Annual statistical returns and brief notes on vaccination in Bengal - 1909-1929
Year: 1909
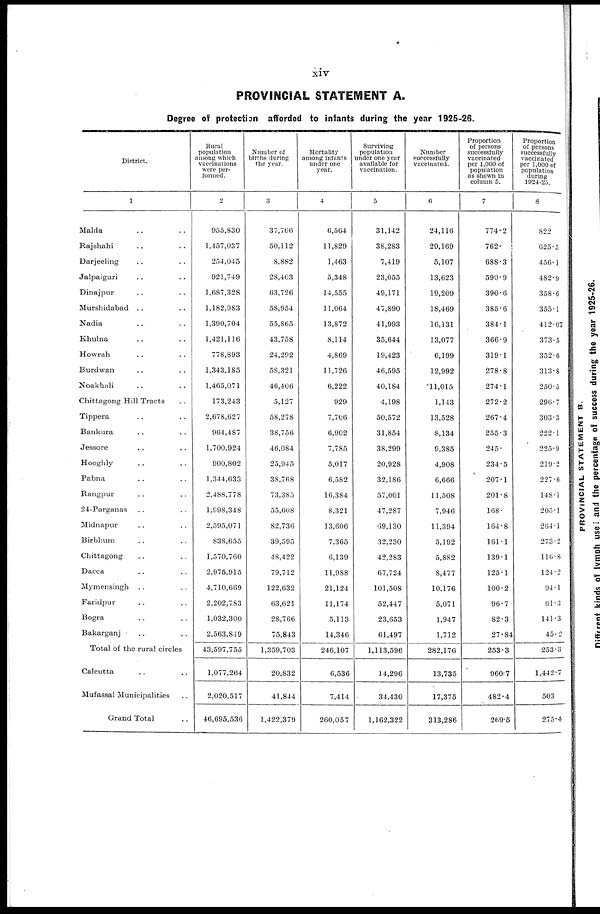
xiv
PROVINCIAL STATEMENT A.
Degree of protection afforded to infants during the year 1925-26.
District.
1
Malda .. ..
Rajshahi .. ..
Darjeeling .. ..
Jalpaiguri .. ..
Dinajpur .. ..
Murshidabad .. ..
Nadia .. ..
Khulna .. ..
Howrah .. ..
Burdwan .. ..
Noakhali .. ..
Chittagong Hill Tracts ..
Tippera .. ..
Bankura .. ..
Jessore .. ..
Hooghly .. ..
Pabna .. ..
Rangpur .. ..
24-Parganas .. ..
Midnapur .. ..
Birbhum .. ..
Chittagong .. ..
Dacca .. ..
Mymensingh .. ..
Faridpur .. ..
Bogra .. ..
Bakarganj .. ..
Total of the rural circles
Calcutta .. ..
Mufassal Municipalities ..
Grand Total ..
Rural
population
among which
vaccinations
were per-
formed.
2
955,830
1,457,037
254,045
921,749
1,687,328
1,182,983
1,390,704
1,421,116
778,893
1,343,185
1,465,071
173,243
2,678,627
964,487
1,700,924
900,802
1,344,633
2,488,778
1,998,348
2,595,071
838,655
1,570,760
2,975,915
4,710,669
2,202,783
1,032,300
2,563,849
43,597,755
1,077,264
2,020,517
46,695,536
Number of
births during
the year.
3
37,706
50,112
8,882
28,403
63,726
58,954
55,865
43,758
24,292
58,321
46,406
5,127
58,278
38,756
46,084
25,945
38,768
73,385
55,608
82,736
39,595
48,422
79,712
122,632
63,621
28,766
75,843
1,359,703
20,832
41,844
1,422,379
Mortality
among infants
under one
year.
4
6,564
11,829
1,463
5,348
14,555
11,064
13,872
8,114
4,869
11,726
6,222
929
7,706
6,902
7,785
5,017
6,582
16,384
8,321
13,606
7,365
6,139
11,988
21,124
11,174
5,113
14,346
246,107
6,536
7,414
260,057
Surviving
population
under one year
available for
vaccination.
5
31,142
38,283
7,419
23,055
49,171
47,890
41,993
35,644
19,423
46,595
40,184
4,198
50,572
31,854
38,299
20,928
32,186
57,001
47,287
69,130
32,230
42,283
67,724
101,508
52,447
23,653
61,497
1,113,596
14,296
34,430
1,162,322
Number
successfully
vaccinated.
6
24,116
29,169
5,107
13,623
19,209
18,469
16,131
13,077
6,199
12,992
11,015
1,143
13,528
8,134
9,385
4,908
6,666
11,508
7,946
11,394
5,192
5,882
8,477
10,176
5,071
1,947
1,712
282,176
13,735
17,375
313,286
Proportion
of persons
successfully
vaccinated
per 1,000 of
population
as shown in
column 5.
7
774.2
762.
688.3
590.9
390.6
385.6
384.1
366.9
319.1
278.8
274.1
272.2
267.4
255.3
245.
234.5
207.1
201.8
168.
164.8
161.1
139.1
125.1
100.2
96.7
82.3
27.84
253.3
960.7
482.4
269.5
Proportion
of persons
successfully
vaccinated
per 1,000 of
population
during
1924-25.
8
822
625.5
456.1
482.9
358.6
355.1
412.07
373.5
352.6
313.8
250.5
296.7
303.3
222.1
225.9
219.2
227.6
148.1
205.1
264.1
273.2
116.8
124.2
94.1
61.3
141.3
45.2
253.3
1,442.7
503
275.4